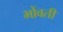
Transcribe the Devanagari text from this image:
भोंवतीं